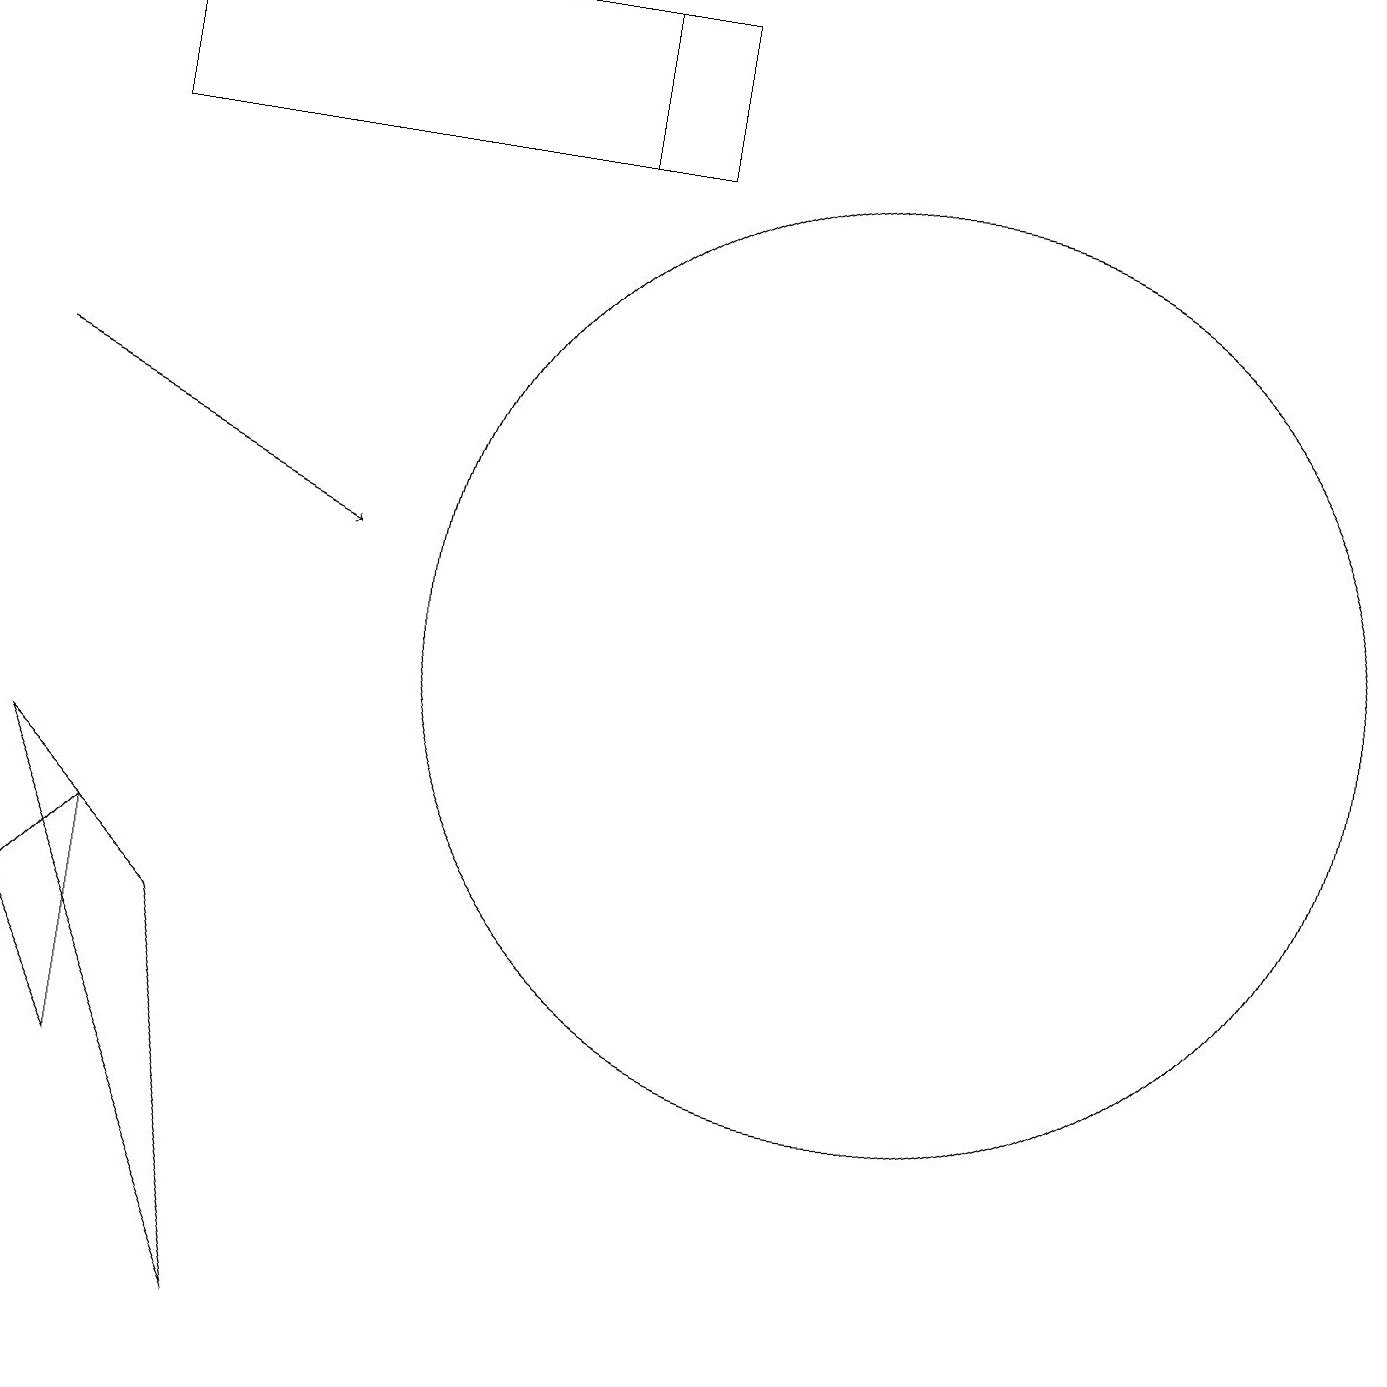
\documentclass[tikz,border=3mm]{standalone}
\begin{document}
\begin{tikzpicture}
\draw (8,17) rectangle (1,19);
\draw[->] (0,14) -- (4,12);
\draw (1,8) -- (1,5) -- (0,7) -- cycle;
\draw (2,7) -- (3,2) -- (0,9) -- cycle;
\draw (11,11) circle (6);
\draw (7,17) rectangle (7,19);
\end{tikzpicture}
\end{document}